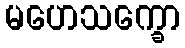
မဟေသက္ခော